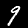
Label: 9